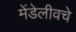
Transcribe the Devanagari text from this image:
मेंडेलीवचे